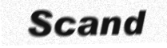
Scand